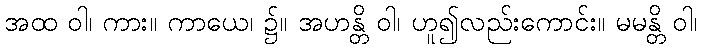
အထ ဝါ၊ ကား။ ကာယေ၊ ၌။ အဟန္တိ ဝါ၊ ဟူ၍လည်းကောင်း။ မမန္တိ ဝါ၊